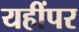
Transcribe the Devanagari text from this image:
यहींपर